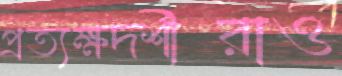
প্রত্যক্ষদর্শীরাও